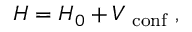
H = H _ { 0 } + V _ { \mathrm { \footnotesize ~ c o n f } } \; ,